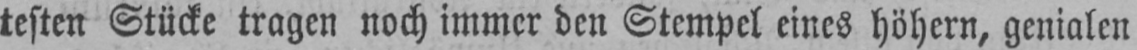
testen Stücke tragen noch immer den Stempel eines höhern, genialen